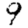
Digit: 9